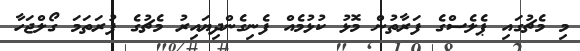
މި މެޗުގައި ޕެލެސްގެ ފަރާތުން މޮޅު ކުޅުމެއް ފެނިގެންދިޔައިރު މެޗުގެ ފުރަތަމަ ގޯލްޖަހާ